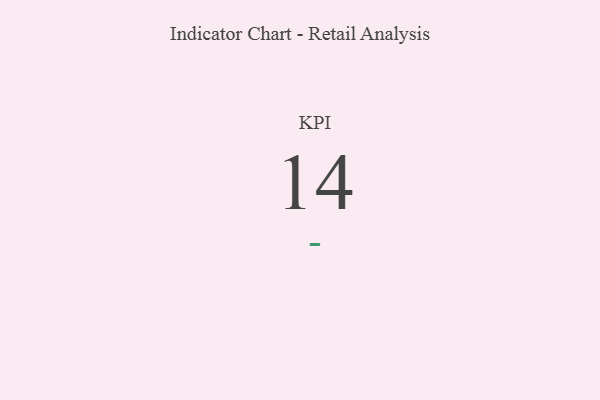
{"axis": {"x": "KPI", "y": "Value"}, "legend": [""], "data": [{"x": "KPI", "y": 14, "type": ""}]}